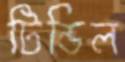
টিন্ডিল